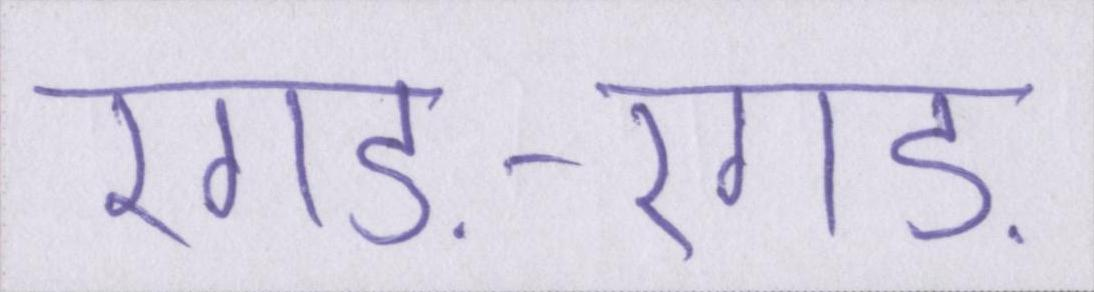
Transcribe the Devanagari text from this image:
रगड़-रगड़